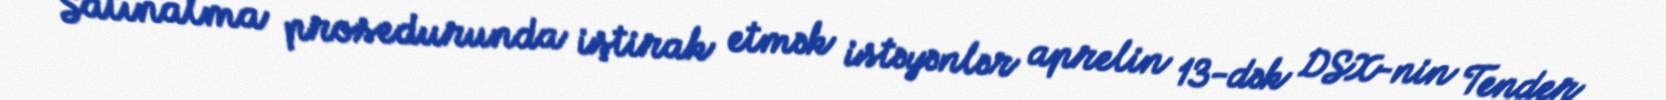
Satınalma prosedurunda iştirak etmək istəyənlər aprelin 13-dək DSX-nin Tender